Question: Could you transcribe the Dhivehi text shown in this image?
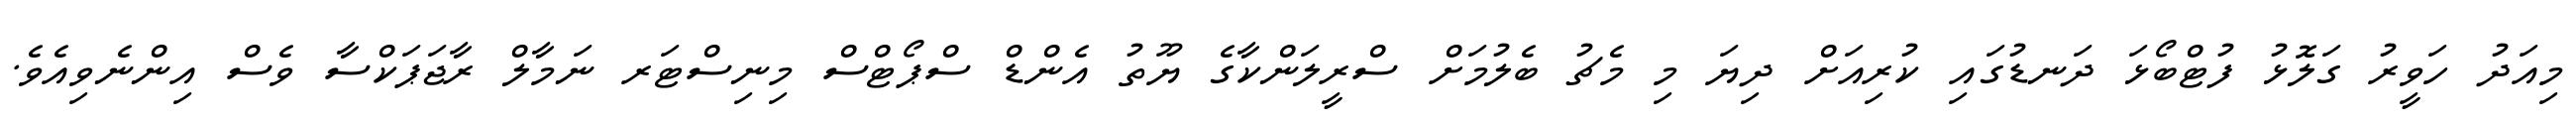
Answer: މިއަދު ހަވީރު ގަލޮޅު ފުޓްބޯޅަ ދަނޑުގައި ކުރިއަށް ދިޔަ މި މެޗު ބެލުމަށް ސްރީލަންކާގެ ޔޫތު އެންޑް ސްޕޯޓްސް މިނިސްޓަރ ނަމާލް ރާޖަޕަކްސާ ވެސް އިންނެވިއެވެ.